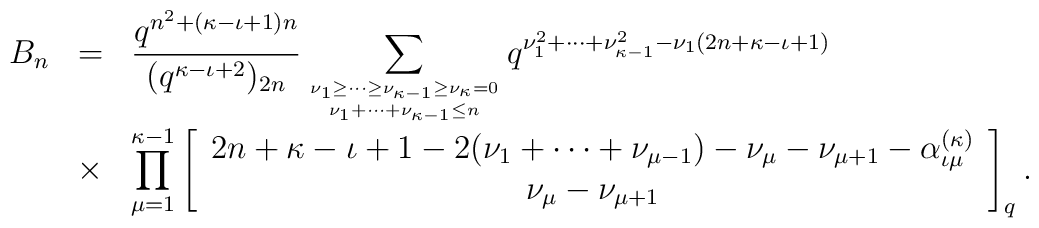
\begin{array}{rcl}B_n & = &\displaystyle\frac{q^{n^2 +(\kappa -\iota +1)n}}       {(q^{\kappa -\iota +2 })_{2n}} \sum_{           {\nu _1 \geq \cdots \geq \nu _{\kappa -1}            \geq \nu _{\kappa }=0}      \atop{\nu _1 + \cdots + \nu _{\kappa -1} \leq n}}q^{\nu _1^2 + \cdots + \nu _{\kappa -1}^2  -\nu _{1} (2n+\kappa -\iota +1)} \\& \times &\displaystyle\prod_{\mu =1}^{\kappa -1}\left[ \begin{array}{c}2n+\kappa -\iota +1-2(\nu _1 + \cdots + \nu _{\mu -1})-\nu _{\mu }-\nu _{\mu +1} -\alpha^{(\kappa )}_{\iota \mu } \\\nu _{\mu }-\nu _{\mu +1}\end{array} \right]_q .\end{array}